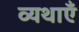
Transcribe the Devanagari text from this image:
व्यथाएँ